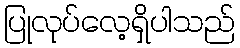
ပြုလုပ်လေ့ရှိပါသည်